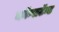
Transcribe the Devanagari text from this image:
कॉन्सटॅन्ट